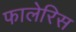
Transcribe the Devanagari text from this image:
फालेरिस